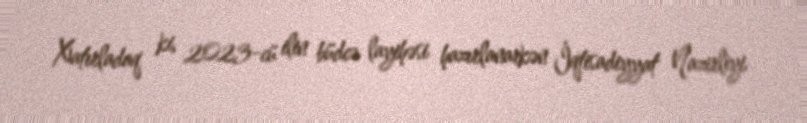
Xatırladaq ki, 2023-cü ilin büdcə layihəsi hazırlanarkən İqtisadiyyat Nazirliyi